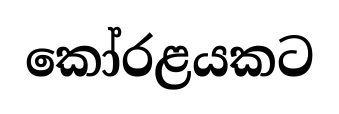
කෝරළයකට